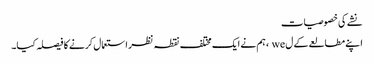
نشے کی خصوصیات
اپنے مطالعے کے ل we ، ہم نے ایک مختلف نقطہ نظر استعمال کرنے کا فیصلہ کیا۔